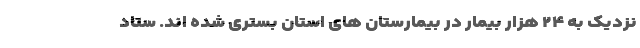
نزدیک به ۲۴ هزار بیمار در بیمارستان های استان بستری شده اند. ستاد